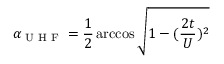
\alpha _ { \textrm { U H F } } = \frac { 1 } { 2 } \operatorname { a r c c o s } \sqrt { 1 - ( \frac { 2 t } { U } ) ^ { 2 } }